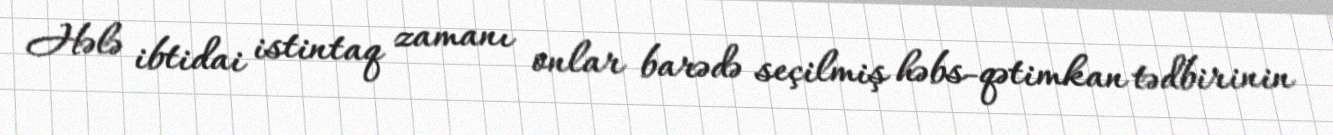
Hələ ibtidai istintaq zamanı onlar barədə seçilmiş həbs-qətimkan tədbirinin